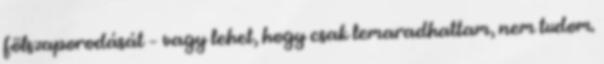
fölszaporodását – vagy lehet, hogy csak lemaradhattam, nem tudom.